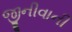
જીનીવાની